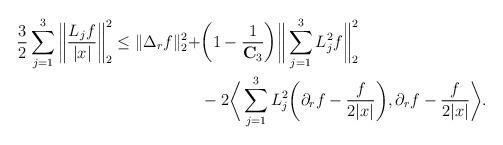
LaTeX: \begin{align*}\frac{3}{2} \sum_{j=1}^3 \bigg\| \frac{L_jf}{|x|} \bigg\|_{2}^2 \leq \|\Delta_r f \|_{2}^2 + & \bigg(1 - \frac{1}{\mathbf{C}_3}\bigg) \bigg\| \sum_{j=1}^3 L_j^2f \bigg\|_{2}^2 \\& - 2\bigg\langle \sum_{j=1}^3 L_j^2 \bigg(\partial_r f - \frac{f}{2|x|} \bigg), \partial_r f - \frac{f}{2|x|} \bigg\rangle. \end{align*}